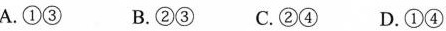
A.①③ B.②③ C.②④ D.①④